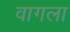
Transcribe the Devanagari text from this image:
वागला